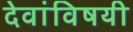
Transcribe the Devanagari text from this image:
देवांविषयी